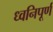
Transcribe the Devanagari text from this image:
ध्वनिपूर्ण